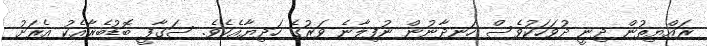
ރައްޔިތުން ދިނީ ދުވަހަކުވެސް ހަނދާނުން ނުފިލާނެ ވަރުގެ ހަދިޔާއެކެވެ. ސަގާފީ ބޮޑުބެރާއެކު އެރަށު